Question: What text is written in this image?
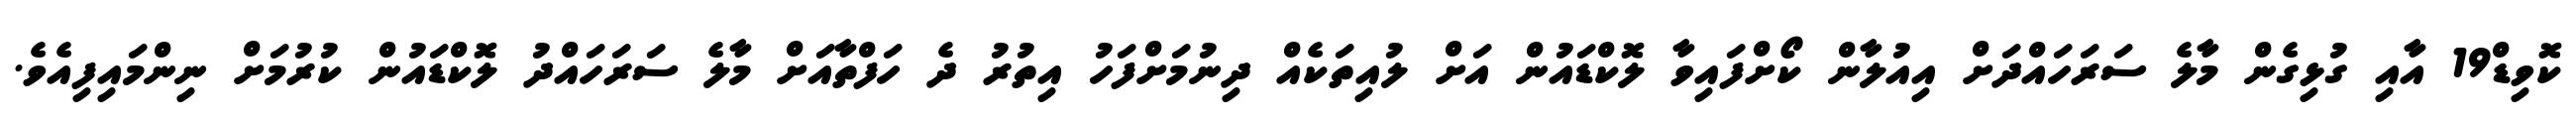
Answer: ކޮވިޑް19 އާއި ގުޅިގެން މާލެ ސަރަހައްދަށް އިއުލާން ކޯށްފައިވާ ލޮކްޑައުން އަށް ލުއިތަކެއް ދިނުމަށްފަހު އިތުރު ދެ ހަފްތާއަށް މާލެ ސަރަހައްދު ލޮކްޑައުން ކުރުމަށް ނިންމައިފިއެވެ.